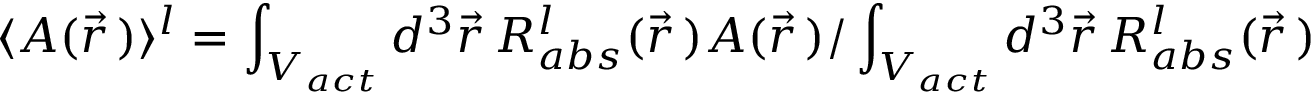
\langle A ( \Vec { r } \, ) \rangle _ { } ^ { l } = \int _ { V _ { a c t } } d ^ { 3 } \Vec { r } \, R _ { a b s } ^ { l } ( \Vec { r } \, ) A ( \Vec { r } \, ) / \int _ { V _ { a c t } } d ^ { 3 } \Vec { r } \, R _ { a b s } ^ { l } ( \Vec { r } \, )